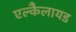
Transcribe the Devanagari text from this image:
एल्कैलायड